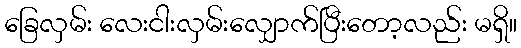
ခြေလှမ်း လေးငါးလှမ်းလျှောက်ပြီးတော့လည်း မရှိ။